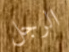
الرجل